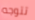
تتوجه